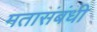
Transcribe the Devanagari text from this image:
मतासंबंधी